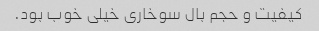
کیفیت و حجم بال سوخاری خیلی خوب بود.